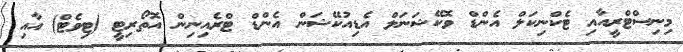
މިނިސްޓްރީއާއި ޓެކްނިކަލް އެންޑް ވޮކޭޝަނަލް އެޑިއުކޭޝަން އެންޑް ޓްރެއިނިން އޮތޯރިޓީ (ޓިވެޓް) އާއި